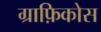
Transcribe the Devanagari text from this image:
ग्राफ़िकोस